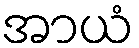
အာယံ